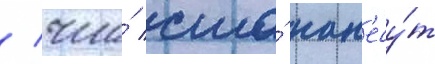
/ что́ сша́ нан'есу́т